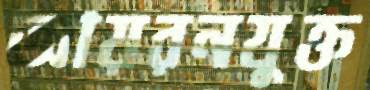
আয়রনযুক্ত